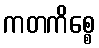
ကတကိစ္စေ